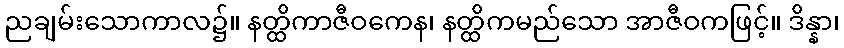
ညချမ်းသောကာလ၌။ နတ္ထိကာဇီဝကေန၊ နတ္ထိကမည်သော အာဇီဝကဖြင့်။ ဒိန္နာ၊